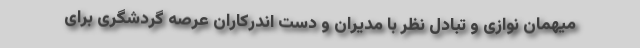
میهمان نوازی و تبادل نظر با مدیران و دست اندرکاران عرصه گردشگری برای